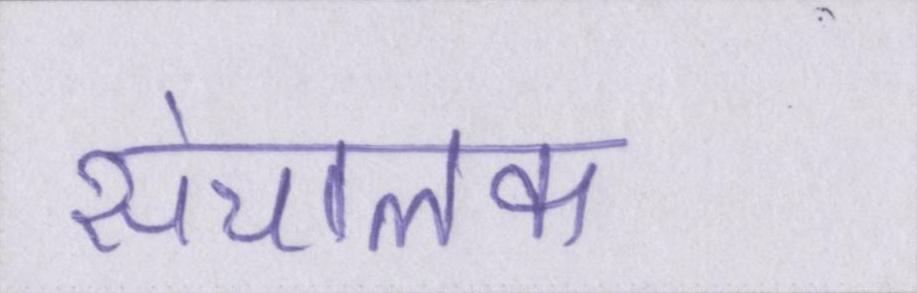
संचालक